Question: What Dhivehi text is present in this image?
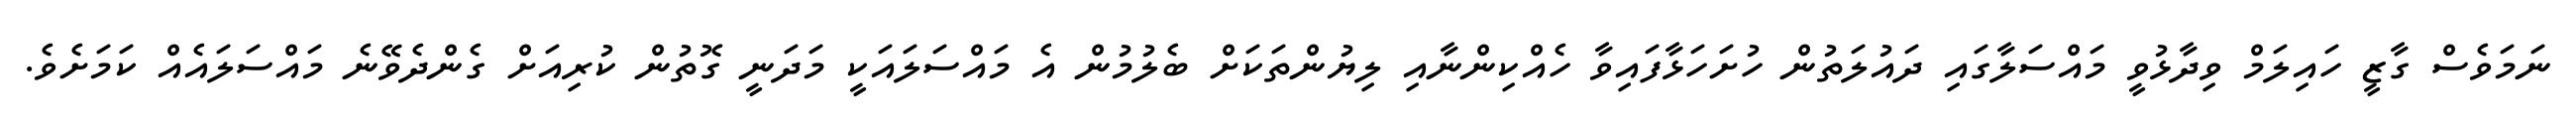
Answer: ނަމަވެސް ގާޒީ ހައިލަމް ވިދާޅުވީ މައްސަލާގައި ދައުލަތުން ހުށަހަޅާފައިވާ ހެއްކިންނާއި ލިޔުންތަކަށް ބެލުމުން އެ މައްސަލައަކީ މަދަނީ ގޮތުން ކުރިއަށް ގެންދެވޭނެ މައްސަލައެއް ކަމަށެވެ.